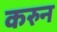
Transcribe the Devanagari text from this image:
करुन